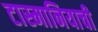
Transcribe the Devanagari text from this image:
टास्मानियाची